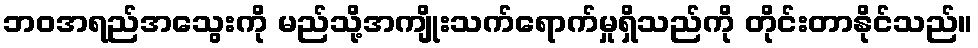
ဘဝအရည်အသွေးကို မည်သို့အကျိုးသက်ရောက်မှုရှိသည်ကို တိုင်းတာနိုင်သည်။